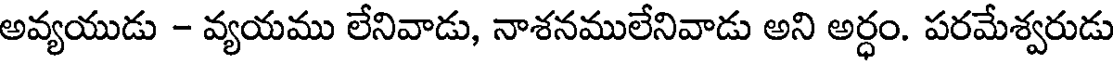
అవ్యయుడు - వ్యయము లేనివాడు, నాశనములేనివాడు అని అర్ధం. పరమేశ్వరుడు